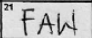
Transcription: FAW